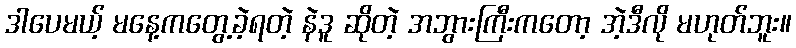
ဒါပေမယ့် မနေ့ကတွေ့ခဲ့ရတဲ့ နဲဒူ ဆိုတဲ့ အဘွားကြီးကတော့ အဲ့ဒီလို မဟုတ်ဘူး။